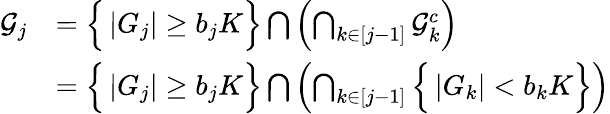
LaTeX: \begin{array}{rl}{\mathcal{G}_{j}}&{=\Big\{ \left|G_{j}\right|\geq b_{j}K\Big\} \bigcap\left(\bigcap_{k\in[j-1]}\mathcal{G}_{k}^{c}\right)}\\ &{=\Big\{ \left|G_{j}\right|\geq b_{j}K\Big\} \bigcap\left(\bigcap_{k\in[j-1]}\Big\{ \left|G_{k}\right|<b_{k}K\Big\} \right)}\end{array}